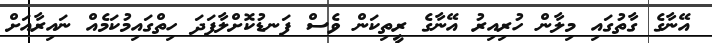
އޭނާގެ ގާތުގައި މިލާން ހުރިއިރު އޭނާގެ ރީތިކަން ވެސް ފަނޑުކޮށްލާފަދަ ހިތްގައިމުކަމެއް ނައިރާއަށް